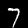
Label: 7